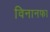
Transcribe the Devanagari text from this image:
विनानफा